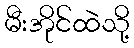
မီးအိုင်ထဲသို့